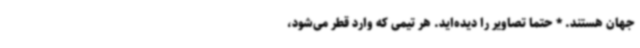
جهان هستند. * حتما تصاویر را دیده‌اید. هر تیمی که وارد قطر می‌شود،